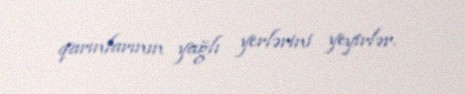
qarınlarının yağlı yerlərini yeyirlər.